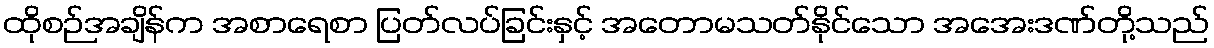
ထိုစဉ်အချိန်က အစာရေစာ ပြတ်လပ်ခြင်းနှင့် အတောမသတ်နိုင်သော အအေးဒဏ်တို့သည်